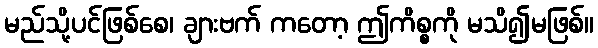
မည်သို့ပင်ဖြစ်စေ၊ ချားဗက် ကတော့ ဤကိစ္စကို မသိ၍မဖြစ်။